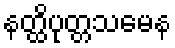
နတ္ထိပုတ္တသမေန